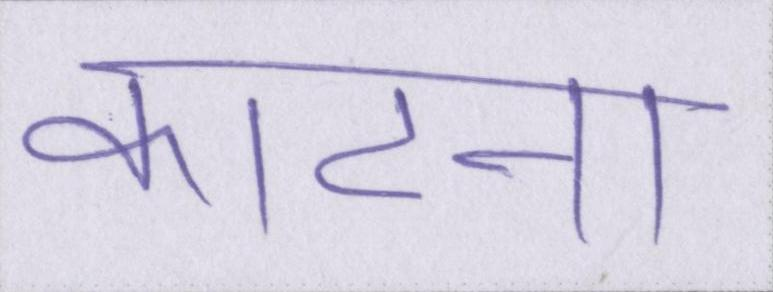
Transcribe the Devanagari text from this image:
काटना